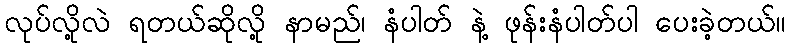
လုပ်လို့လဲ ရတယ်ဆိုလို့ နာမည်၊ နံပါတ် နဲ့ ဖုန်းနံပါတ်ပါ ပေးခဲ့တယ်။